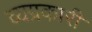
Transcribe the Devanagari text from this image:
व्यग्रकारी